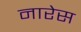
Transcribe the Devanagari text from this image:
नारेस